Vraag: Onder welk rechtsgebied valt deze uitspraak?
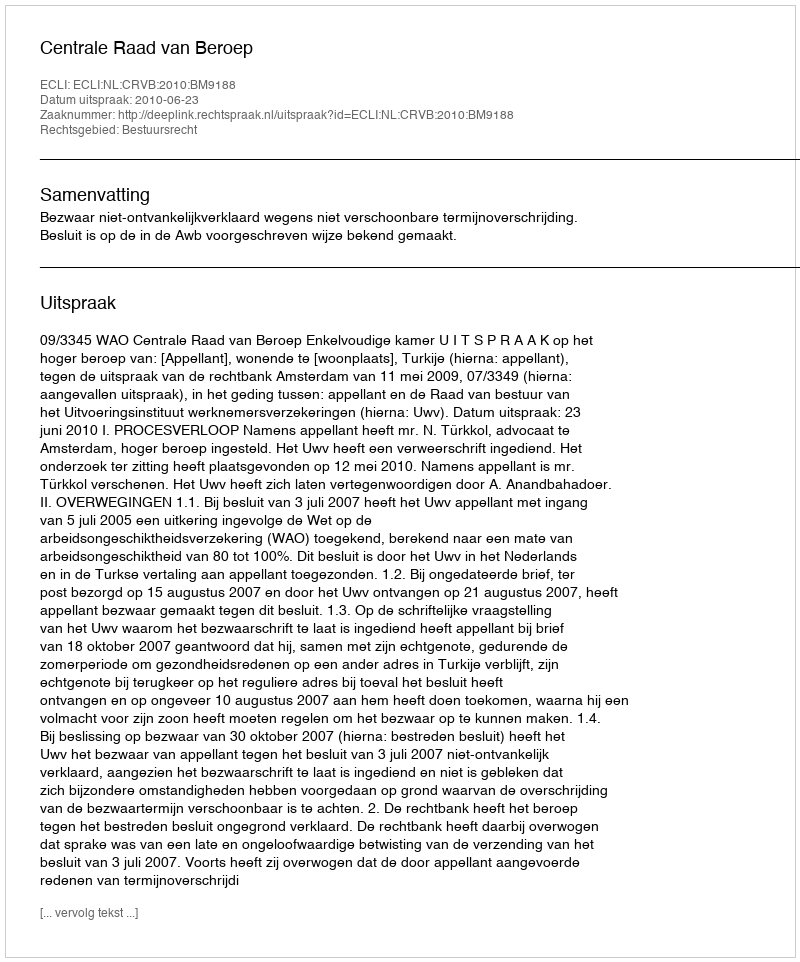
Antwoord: Bestuursrecht